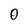
Character: 0